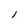
Character: 1